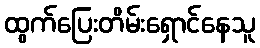
ထွက်ပြေးတိမ်းရှောင်နေသူ